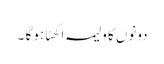
دونوں کا ولیمہ اکھٹا ہو گا ۔